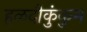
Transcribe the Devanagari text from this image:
हळदीकुंकुम